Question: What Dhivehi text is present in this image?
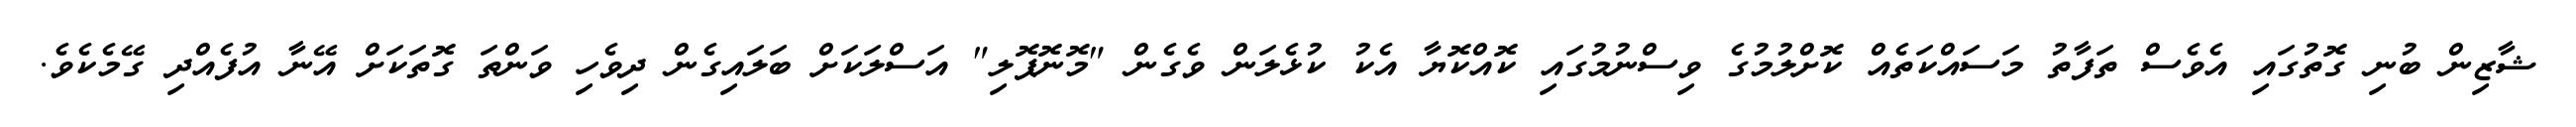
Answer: ޝާޒިން ބުނި ގޮތުގައި އެވެސް ތަފާތު މަސައްކަތެއް ކޮށްލުމުގެ ވިސްނުމުގައި ކޮއްކޮޔާ އެކު ކުޅެލަން ވެގެން "މޮނޮޕޮލި" އަސްލަކަށް ބަލައިގެން ދިވެހި ވަންތަ ގޮތަކަށް އޭނާ އުފެއްދި ގޭމެކެވެ.